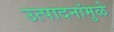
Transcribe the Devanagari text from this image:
उत्पादनांमुळे